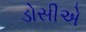
ડોસીએ